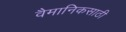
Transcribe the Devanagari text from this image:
वैमानिकसाठी